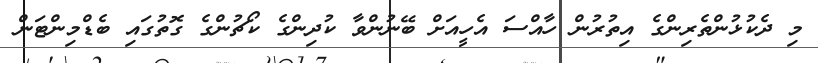
މި ދެކުޅުންތެރިންގެ އިތުރުން ހާއްސަ އެހީއަށް ބޭނުންވާ ކުދިންގެ ކޯޗުންގެ ގޮތުގައި ބެޑްމިންޓަން